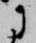
に